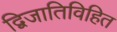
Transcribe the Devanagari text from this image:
द्विजातिविहित